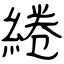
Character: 綣